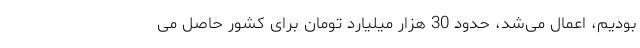
بودیم، اعمال می‌‌شد، حدود 30 هزار میلیارد تومان برای کشور حاصل می